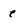
Character: e